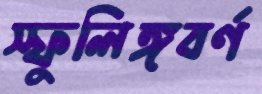
স্ফুলিঙ্গবর্ণ